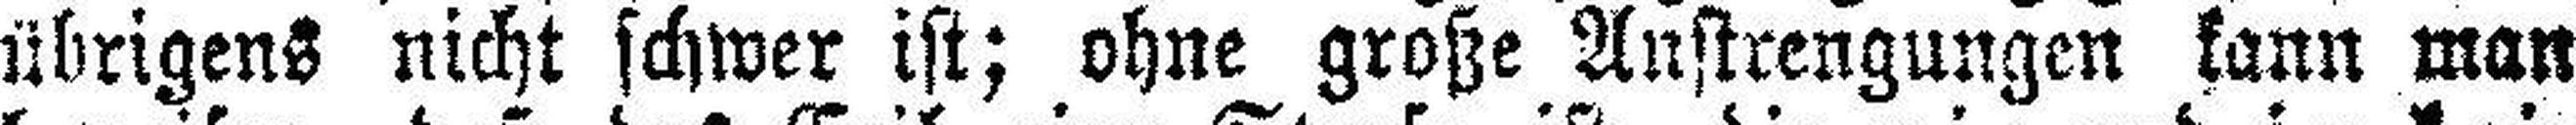
übrigens nicht schwer ist; ohne große Anstrengungen kann man